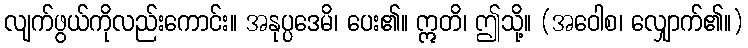
လျက်ဖွယ်ကိုလည်းကောင်း။ အနုပ္ပဒေမိ၊ ပေး၏။ ဣတိ၊ ဤသို့။ (အဝေါစ၊ လျှောက်၏။)